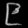
Digit: ၉